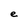
Character: e